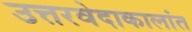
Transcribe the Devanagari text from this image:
उत्तरवेदाकालांत